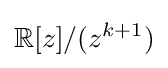
{\mathbb {R} }[z]/(z^{k+1})